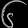
Digit: ၆